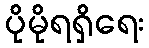
ပိုမိုရရှိရေး